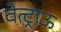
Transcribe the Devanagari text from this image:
वेत्ट्राऊ